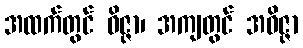
အထက်တွင် ဝိဇ္ဇာ၊ အကျတွင် အဝိဇ္ဇာ